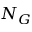
N _ { G }